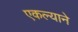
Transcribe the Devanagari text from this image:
एकल्याने